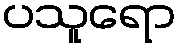
ပသူရော